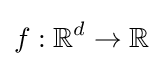
f:\mathbb {R} ^{d}\rightarrow \mathbb {R}